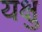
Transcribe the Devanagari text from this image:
यक्षु